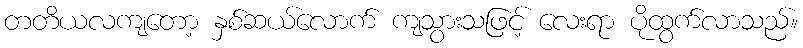
တတိယလကျတော့ နှစ်ဆယ်လောက် ကျသွားသဖြင့် လေးရာ ပိုထွက်လာသည်။